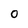
Character: O